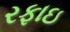
રફાઇ